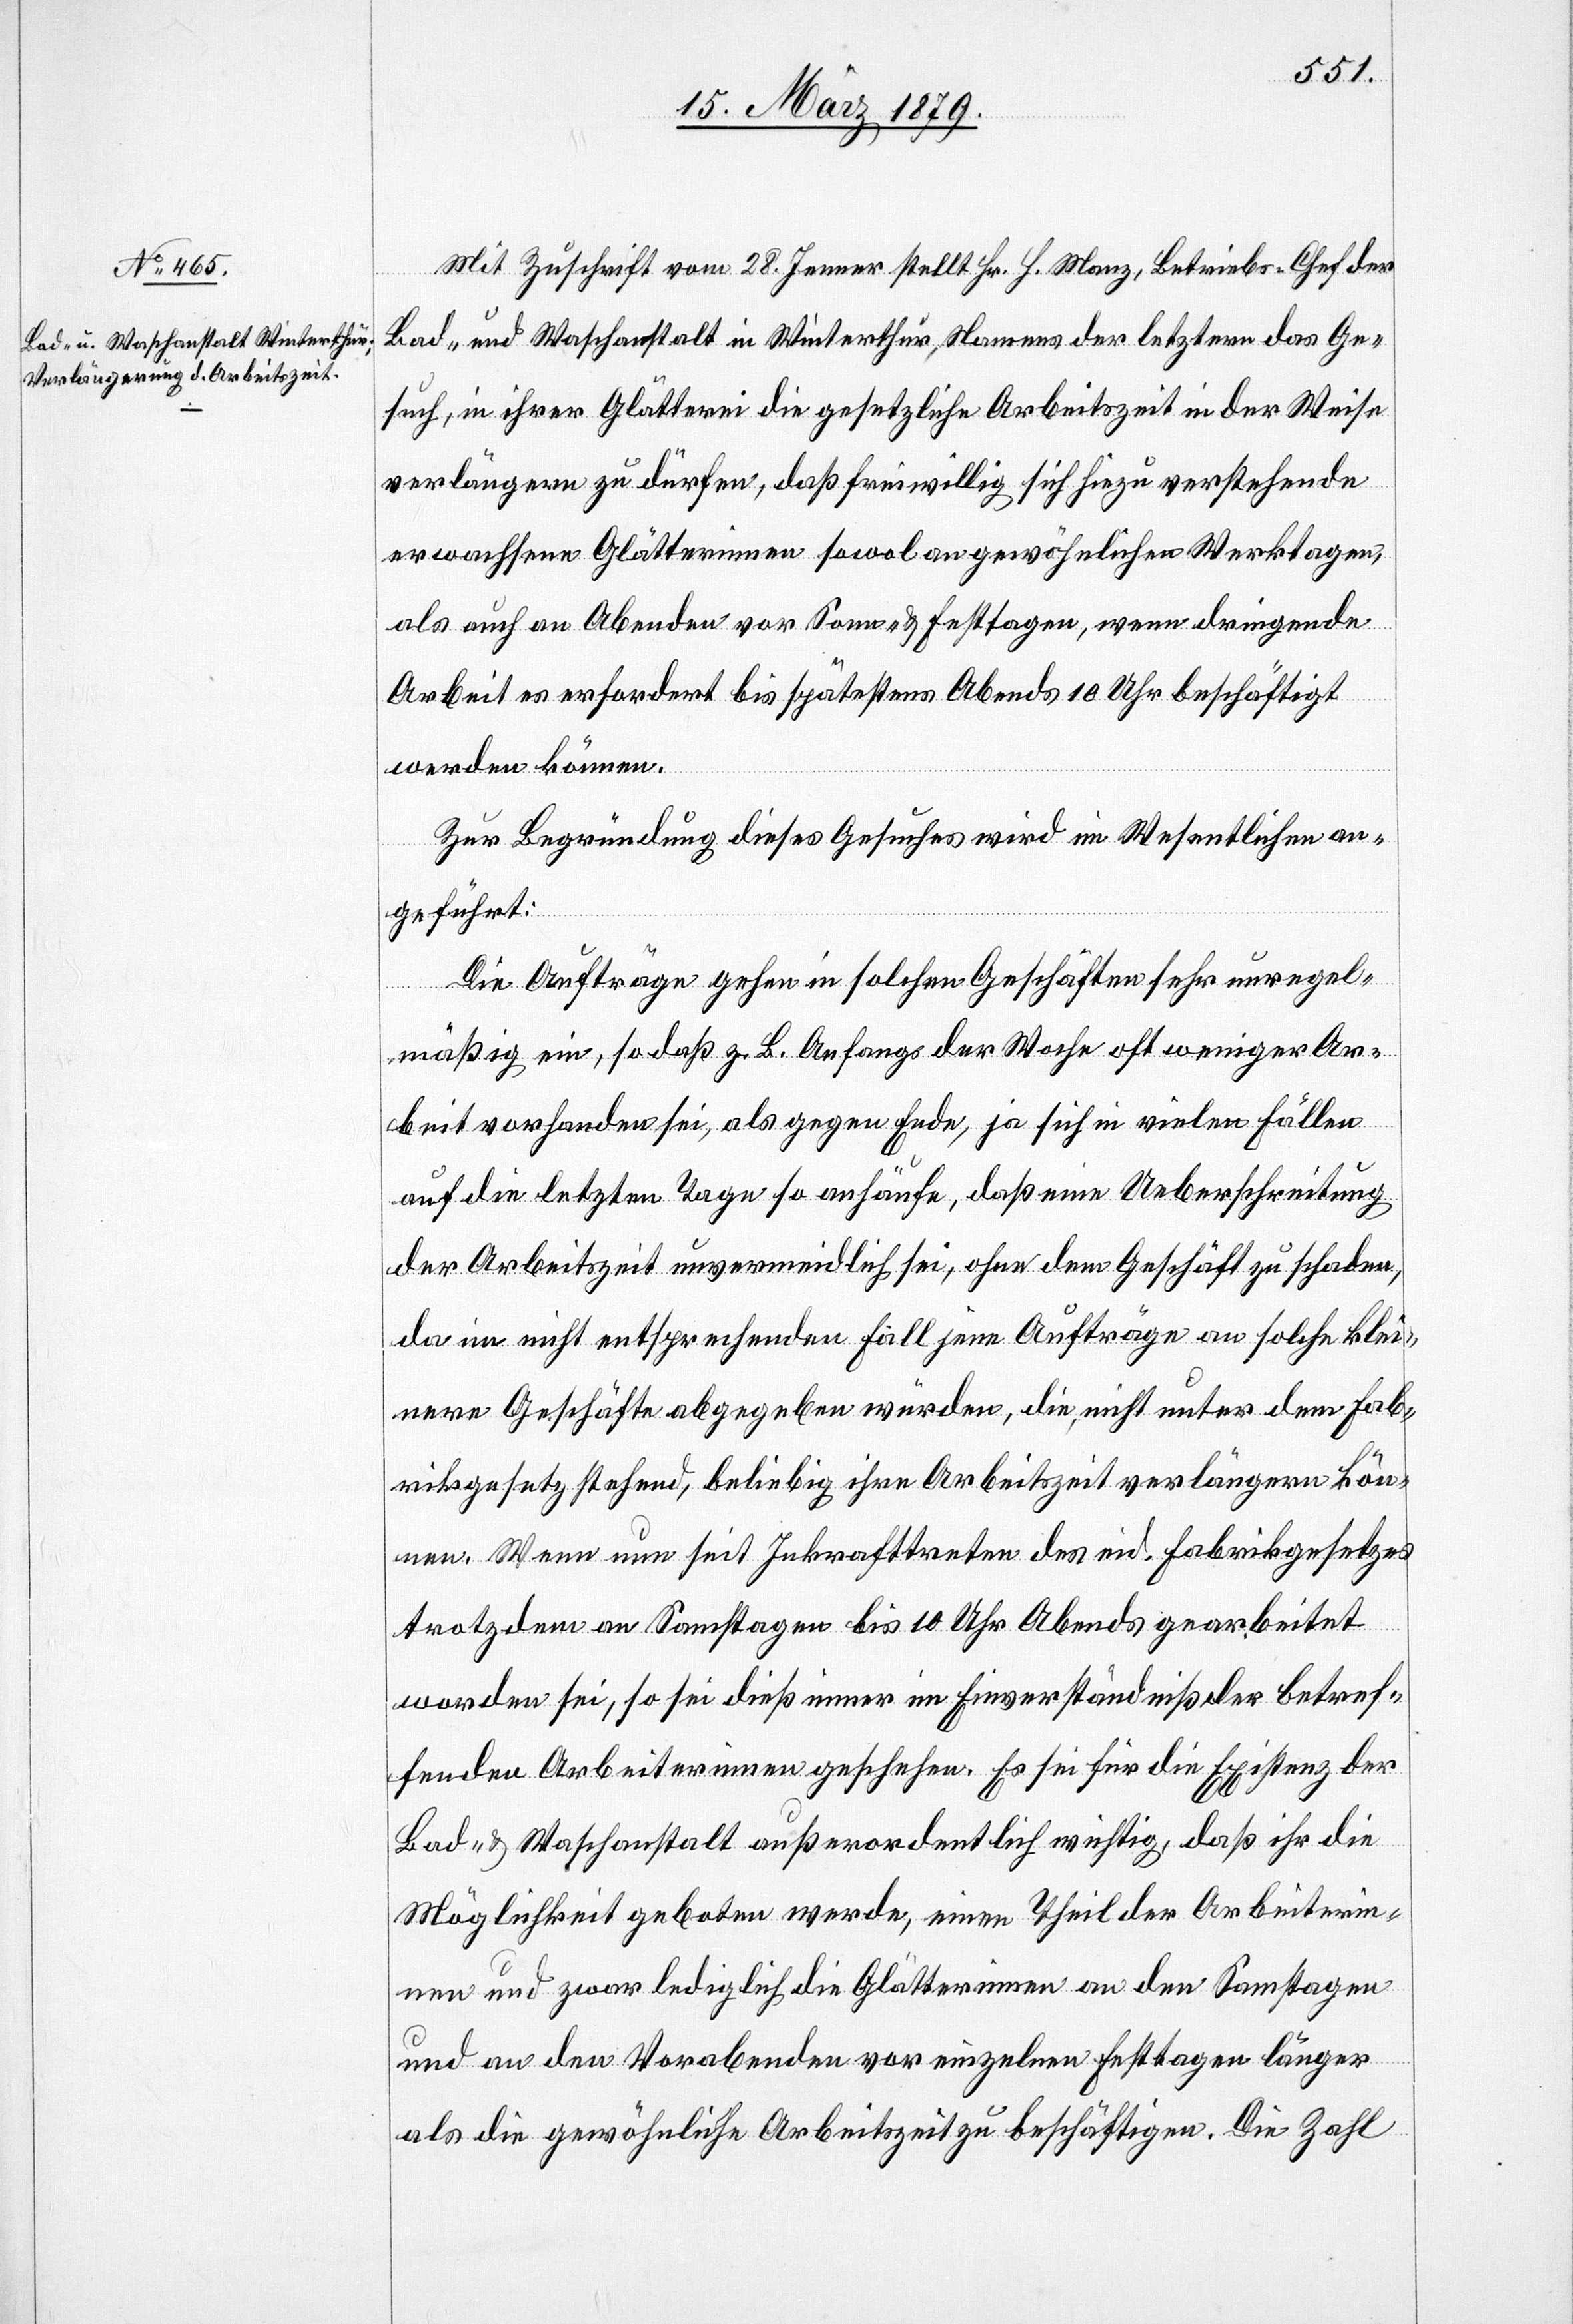
Mit Zuschrift vom 28. Jenner stellt Hr. H. Manz, Betriebs-Chef der
Bad- und Waschanstalt in Winterthur, Namens der letztern das Ge¬
such, in ihrer Glätterei die gesetzliche Arbeitszeit in der Weise
verlängern zu dürfen, daß freiwillig sich hiezu verstehende
erwachsene Glätterinnen sowol an gewöhnlichen Werktagen,
als auch an Abenden vor Sonn- & Festtagen, wenn dringende
Arbeit es erfordert bis spätestens Abends 10 Uhr beschäftigt
werden zu können.
Zur Begründung dieses Gesuches wird im Wesentlichen an¬
geführt:
Die Aufträge gehen in solchen Geschäften sehr unregel¬
mäßig ein, so daß z. B. Anfangs der Woche oft weniger Ar¬
beit vorhanden sei, als gegen Ende, ja sich in vielen Fällen
auf die letzten Tage so anhäufe, daß eine Ueberschreitung
der Arbeitszeit unvermeidlich sei, ohne dem Geschäft zu schaden,
da im nicht entsprechenden Fall jene Aufträge an solche klei¬
nere Geschäfte abgegeben würden, die, nicht unter dem Fab¬
rikgesetz stehend, beliebig ihre Arbeitszeit verlängern kön¬
nen. Wenn nun seit Inkrafttreten des eid. Fabrikgesetzes
trotzdem an Samstagen bis 10 Uhr Abends gearbeitet
worden sei, so sei dieß immer im Einverständniß der betref¬
fenden Arbeiterinnen geschehen. Es sei für die Existenz der
Bad- & Waschanstalt außerordentlich wichtig, daß ihr die
Möglichkeit geboten werde, einen Theil der Arbeiterin¬
nen und zwar lediglich die Glätterinnen an den Samstagen
und an den Vorabenden vor einzelnen Festtagen länger
als die gewöhnliche Arbeitszeit zu beschäftigen. Die Zahl